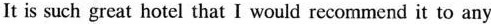
It is such great hotel that I would recommend it to any